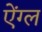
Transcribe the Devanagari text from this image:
ऐंग्ल